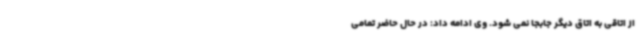
از اتاقی به اتاق دیگر جابجا نمی شود. وی ادامه داد: در حال حاضر تمامی